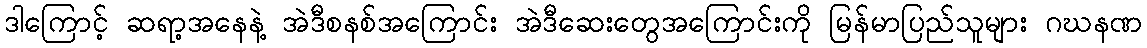
ဒါကြောင့် ဆရာ့အနေနဲ့ အဲဒီစနစ်အကြောင်း အဲဒီဆေးတွေအကြောင်းကို မြန်မာပြည်သူများ ဂဃနဏ